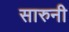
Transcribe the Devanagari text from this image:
सारुनी